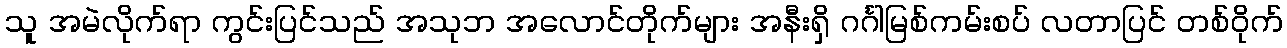
သူ အမဲလိုက်ရာ ကွင်းပြင်သည် အသုဘ အလောင်တိုက်များ အနီးရှိ ဂင်္ဂါမြစ်ကမ်းစပ် လတာပြင် တစ်ဝိုက်